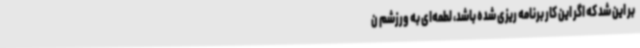
بر این شد که اگر این کار برنامه ریزی شده باشد، لطمه‌ای به ورزشم ن